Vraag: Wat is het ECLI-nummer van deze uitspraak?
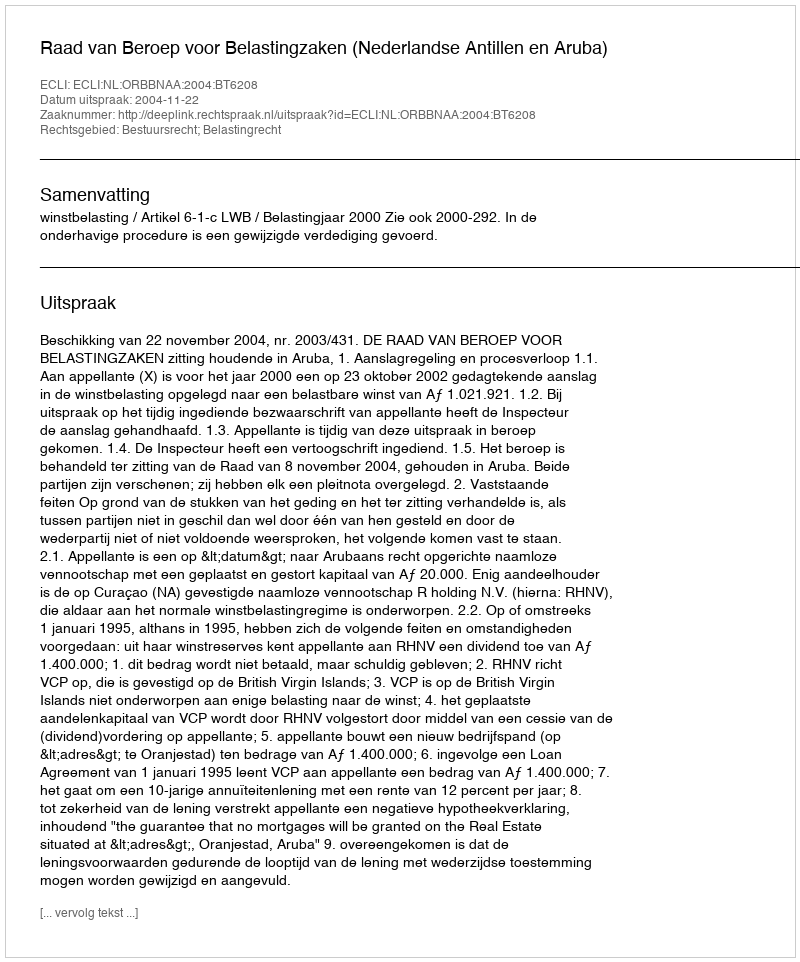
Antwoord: ECLI:NL:ORBBNAA:2004:BT6208